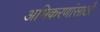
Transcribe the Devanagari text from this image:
अभिकरणांसाठी